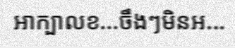
អាក្បាលខ...ចឹងៗមិនអ...